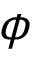
\phi